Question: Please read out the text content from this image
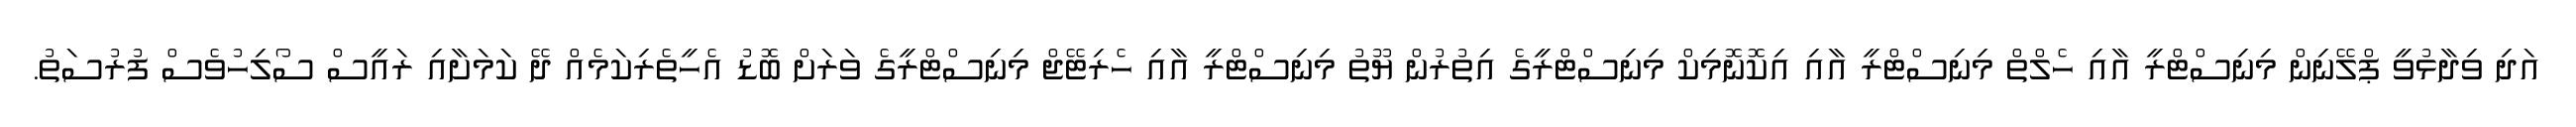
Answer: އަދި ވިދާޅުވީ ޕްލޭނިން މިނިސްޓްރީ އާއި ހެލްތް މިނިސްޓްރީ އާއި އިކޮނޮމިކް މިނިސްޓްރީގެ އިތުރުން ޔޫތު މިނިސްޓްރީ އާއި ހެރިޓޭޖް މިނިސްޓްރީގެ ވަރަށް ބޮޑު އެހީތެރިކަމެއް ދޭ ކަމަށާއި ރައީސް ސޯލިހުވެސް ފުރުސަތު.